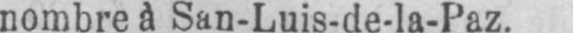
nombre à San-Luis-de-la-Paz.